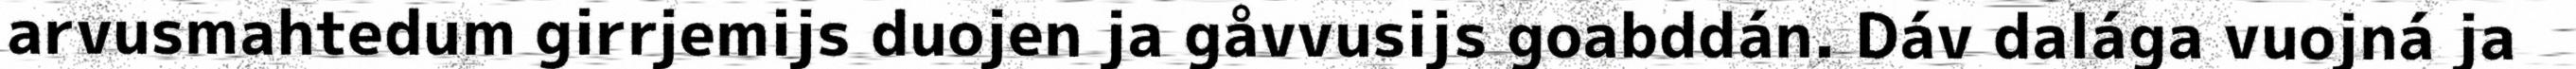
arvusmahtedum girrjemijs duojen ja gåvvusijs goabddán. Dáv dalága vuojná ja